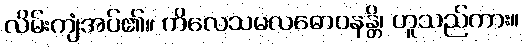
လိမ်းကျံအပ်၏။ ကိလေသမလဓောဝနန္တိ၊ ဟူသည်ကား။